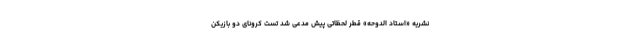
نشریه «استاد الدوحه» قطر لحظاتی پیش مدعی شد تست کرونای دو بازیکن